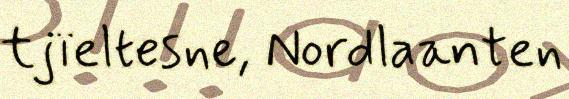
tjïeltesne, Nordlaanten